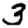
Digit: 3